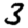
Digit: 3